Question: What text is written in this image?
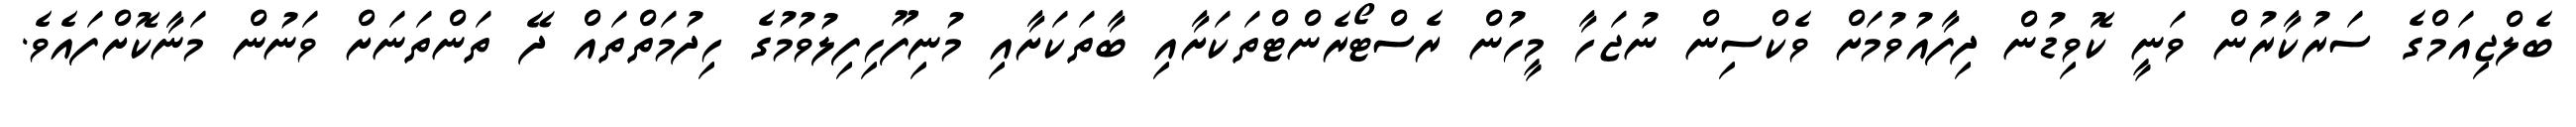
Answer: ބެލްޖިއަމްގެ ސަރުކާރުން ވަނީ ކޮވިޑުން ދިފާއުވުމަށް ވެކްސިން ނުޖަހާ މީހުން ރެސްޓޯރެންޓްތަކަށާއި ބާތަކަށާއި މުނިފޫހިފިލުވުމުގެ ހިދުމަތްތައް ދޭ ތަންތަނަށް ވަނުން މަނާކޮށްފައެވެ.